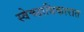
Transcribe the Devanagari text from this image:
स्वेच्छाधिकारात